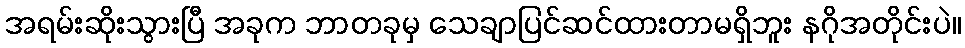
အရမ်းဆိုးသွားပြီ အခုက ဘာတခုမှ သေချာပြင်ဆင်ထားတာမရှိဘူး နဂိုအတိုင်းပဲ။